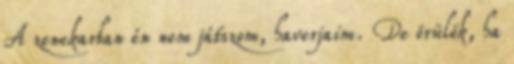
A zenekarban én nem játszom, haverjaim. De örülök, ha